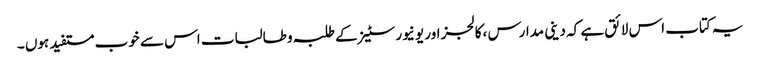
یہ کتاب اس لائق ہے کہ دینی مدارس ،کالجز اور یونیورسٹیز کے طلبہ و طالبات اس سے خوب مستفید ہوں ۔